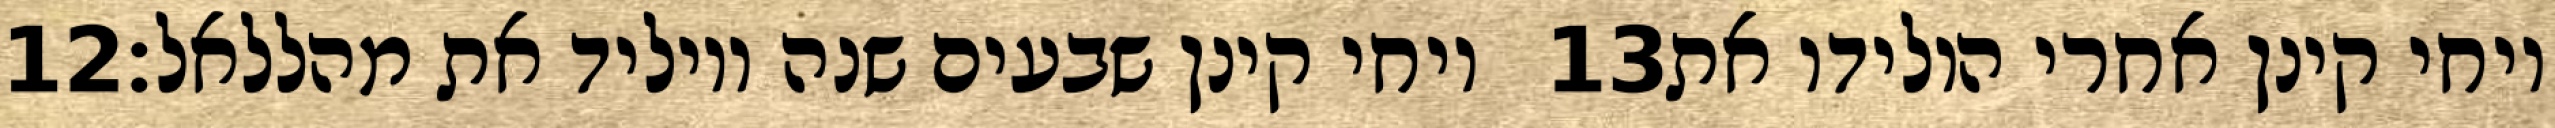
‎12‏ ויחי קינן שבעים שנה ויוליד את מהללאל׃ ‎13‏ ויחי קינן אחרי הולידו את